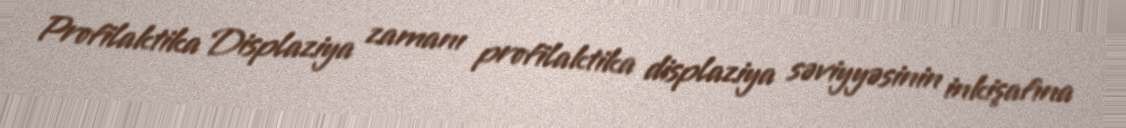
Profilaktika Displaziya zamanı profilaktika displaziya səviyyəsinin inkişafına